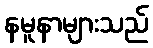
နမူနာများသည်